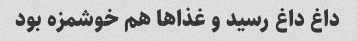
داغ داغ رسید و غذاها هم خوشمزه بود